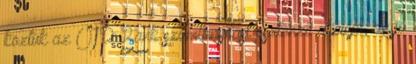
köztük az OTP Bank számlanyitást ösztönző akciója, de jó